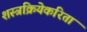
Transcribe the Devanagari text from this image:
शस्त्रक्रियेकरिता